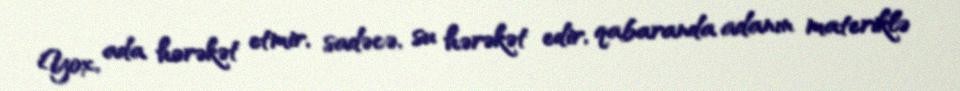
Yox, ada hərəkət etmir, sadəcə, su hərəkət edir, qabaranda adanın materiklə